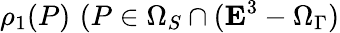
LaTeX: \rho_{1}(P)\, \, (P\in\Omega_{S}\cap({\mathbf E}^{3}-\Omega_{\Gamma})